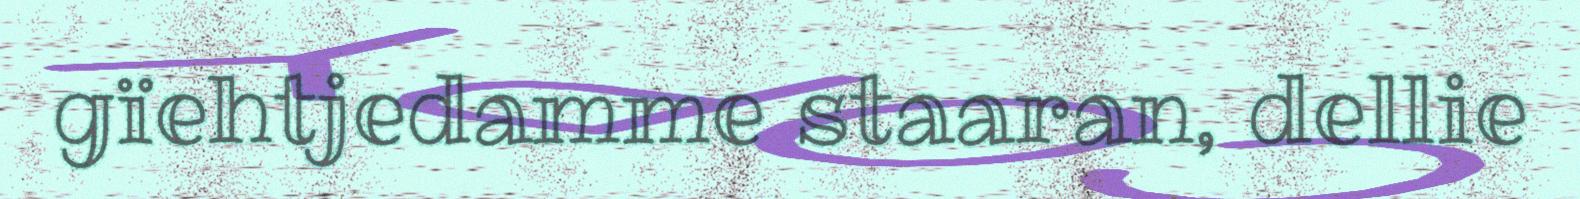
gïehtjedamme staaran, dellie